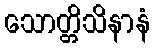
သောတ္တိသိနာနံ